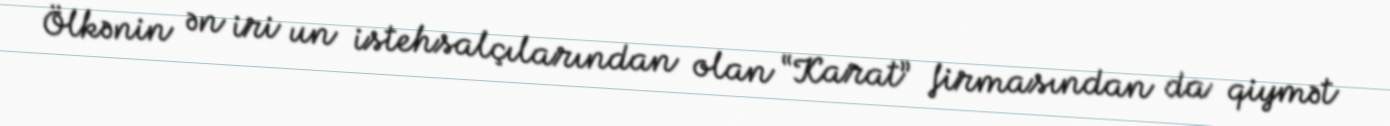
Ölkənin ən iri un istehsalçılarından olan “Karat” firmasından da qiymət